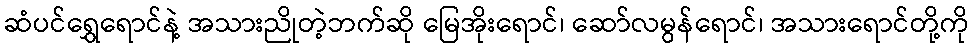
ဆံပင်ရွှေရောင်နဲ့ အသားညိုတဲ့ဘက်ဆို မြေအိုးရောင်၊ ဆော်လမွန်ရောင်၊ အသားရောင်တို့ကို